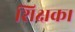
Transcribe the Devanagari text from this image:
शिक्षक।